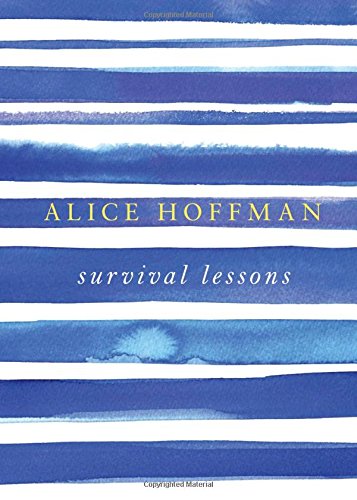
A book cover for Survival Lessons; Alice Hoffman; Health, Fitness & Dieting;